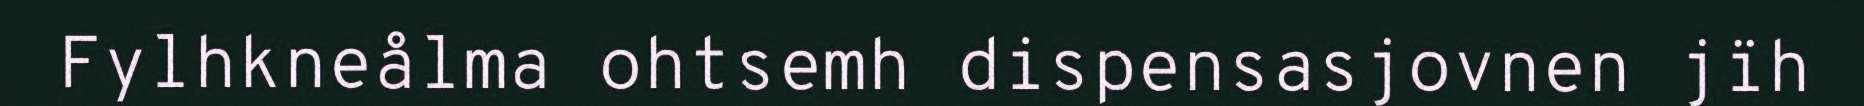
Fylhkneålma ohtsemh dispensasjovnen jïh